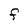
Character: F